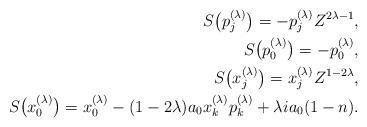
LaTeX: \begin{align*}S\big(p_j^{(\lambda)}\big)=-p_j^{(\lambda)}Z^{2\lambda-1},\\S\big(p_0^{(\lambda)}\big)=-p_0^{(\lambda)}, \\S\big(x_j^{(\lambda)}\big)=x_j^{(\lambda)}Z^{1-2\lambda}, \\S\big(x_0^{(\lambda)}\big)=x_0^{(\lambda)}-(1-2\lambda) a_0x_k^{(\lambda)}p_k^{(\lambda)}+\lambda ia_0(1-n).\end{align*}